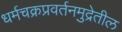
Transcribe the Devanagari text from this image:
धर्मचक्रप्रवर्तनमुद्रेतील